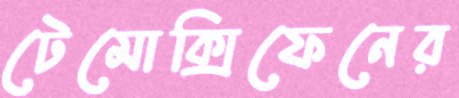
টেমোক্সিফেনের